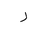
Letter: _ra